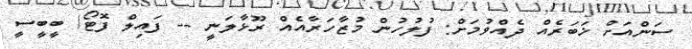
ސަންއަށް ޚަބަރެއް ދެއްވުމަށް: ފުލުހުން މުޒާހަރާއެއް ރޫޅާލަނީ -- ފައިލް ފޮޓޯ/ ބީބީސީ